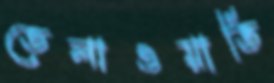
তেলাওয়াতি